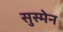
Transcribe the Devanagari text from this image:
सुस्मेन